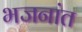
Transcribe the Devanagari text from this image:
भजनांत